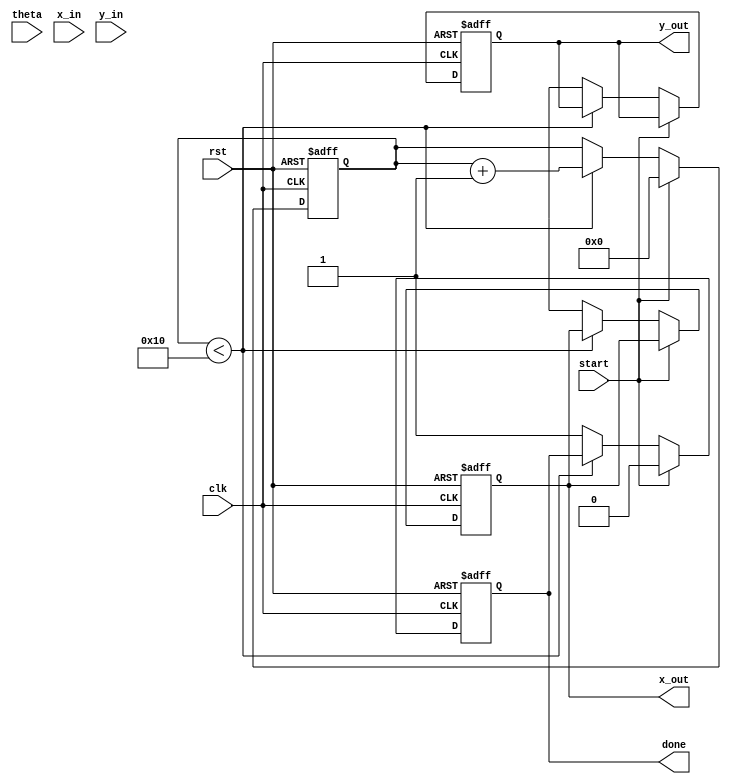
module modified_cordic (
    input wire clk,
    input wire rst,
    input wire start,
    input wire [15:0] theta, // Input angle in radians (fixed point)
    input wire [15:0] x_in,  // Initial X coordinate
    input wire [15:0] y_in,  // Initial Y coordinate
    output reg [15:0] x_out,  // Final X coordinate
    output reg [15:0] y_out,  // Final Y coordinate
    output reg done          // Signal when computation is done
);

    // Parameters
    parameter NUM_ITERATIONS = 16; // Number of iterations for CORDIC
    parameter [15:0] K = 16'h26DD; // Scaling factor (K = 0.607252935)

    // Internal signals
    reg [15:0] x [0:NUM_ITERATIONS-1]; // X coordinates for each iteration
    reg [15:0] y [0:NUM_ITERATIONS-1]; // Y coordinates for each iteration
    reg [15:0] angle_table [0:NUM_ITERATIONS-1]; // Angle table
    reg [3:0] iteration; // Iteration counter
    reg [15:0] current_theta; // Current angle
    reg direction; // Rotation direction
    reg [15:0] x_temp, y_temp; // Temporary variables for calculations

    // Initialize angle table
    initial begin
        angle_table[0] = 16'h0000; // atan(2^0)
        angle_table[1] = 16'h3C90; // atan(2^-1)
        angle_table[2] = 16'h3A2D; // atan(2^-2)
        angle_table[3] = 16'h38E3; // atan(2^-3)
        angle_table[4] = 16'h387A; // atan(2^-4)
        angle_table[5] = 16'h3862; // atan(2^-5)
        angle_table[6] = 16'h3851; // atan(2^-6)
        angle_table[7] = 16'h3845; // atan(2^-7)
        angle_table[8] = 16'h3842; // atan(2^-8)
        angle_table[9] = 16'h3840; // atan(2^-9)
        angle_table[10] = 16'h383F; // atan(2^-10)
        angle_table[11] = 16'h383E; // atan(2^-11)
        angle_table[12] = 16'h383E; // atan(2^-12)
        angle_table[13] = 16'h383D; // atan(2^-13)
        angle_table[14] = 16'h383D; // atan(2^-14)
        angle_table[15] = 16'h383D; // atan(2^-15)
    end

    // Control logic
    always @(posedge clk or posedge rst) begin
        if (rst) begin
            iteration <= 0;
            done <= 0;
            x_out <= 0;
            y_out <= 0;
        end else if (start) begin
            // Load initial values
            x[0] <= x_in;
            y[0] <= y_in;
            current_theta <= theta;
            iteration <= 0;
            done <= 0;
        end else if (iteration < NUM_ITERATIONS) begin
            // Determine rotation direction
            if (current_theta < 0) begin
                direction <= 1; // Clockwise
                current_theta <= current_theta + angle_table[iteration];
            end else begin
                direction <= 0; // Counterclockwise
                current_theta <= current_theta - angle_table[iteration];
            end

            // Perform rotation
            if (direction) begin
                x_temp <= x[iteration] + (y[iteration] >> iteration);
                y_temp <= y[iteration] - (x[iteration] >> iteration);
            end else begin
                x_temp <= x[iteration] - (y[iteration] >> iteration);
                y_temp <= y[iteration] + (x[iteration] >> iteration);
            end

            // Store results for next iteration
            x[iteration + 1] <= x_temp;
            y[iteration + 1] <= y_temp;

            // Increment iteration counter
            iteration <= iteration + 1;
        end else begin
            // Final output after all iterations
            x_out <= x[NUM_ITERATIONS];
            y_out <= y[NUM_ITERATIONS];
            done <= 1;
        end
    end

endmodule